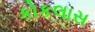
કોકલાસ